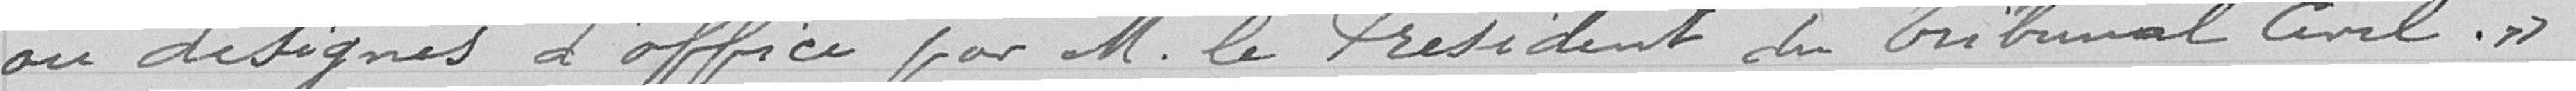
ou désignés d'office par M. le Président du Tribunal Civil. »